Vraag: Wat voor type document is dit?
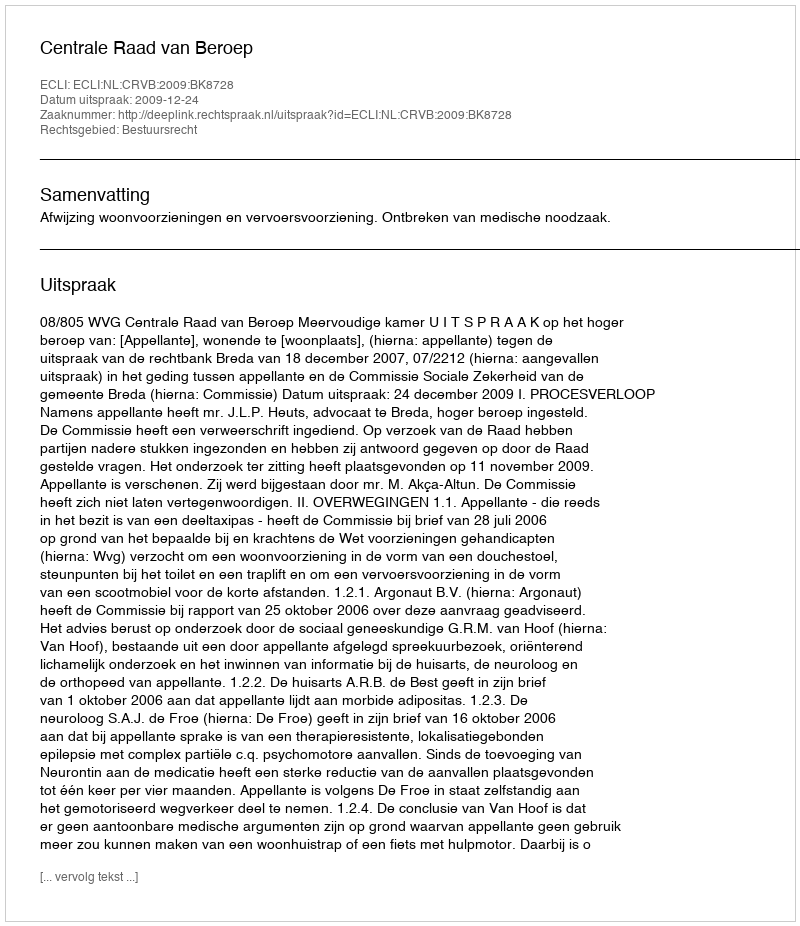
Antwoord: Uitspraak